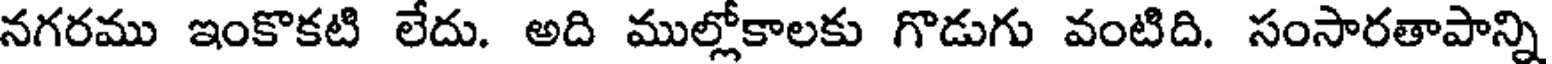
నగరము ఇంకొకటి లేదు. అది ముల్లోకాలకు గొడుగు వంటిది. సంసారతాపాన్ని